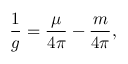
\frac { 1 } { g } = \frac { \mu } { 4 \pi } - \frac { m } { 4 \pi } ,